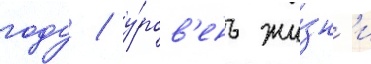
году / у́ров'ень жи́зн'и